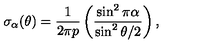
\sigma _ { \alpha } ( \theta ) = { \frac { 1 } { 2 \pi p } } \left( { \frac { \sin ^ { 2 } { \pi \alpha } } { \sin ^ { 2 } { \theta / 2 } } } \right) ,